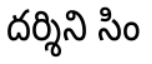
దర్శిని సిం